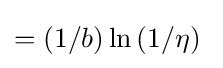
=\left(1/b\right)\ln \left(1/\eta \right)\